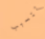
تتسبب